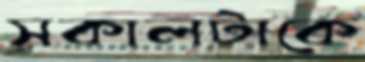
সকালটাকে